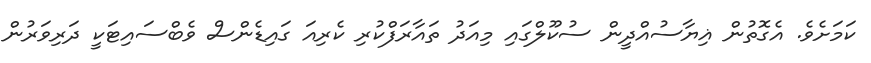
ކަމަށެވެ. އެގޮތުން ޣިޔާސުއްދީން ސުކޫލްގައި މިއަދު ތައާރަފްކުރި ކެރިއަ ގައިޑެންސް ވެބްސައިޓަކީ ދަރިވަރުން